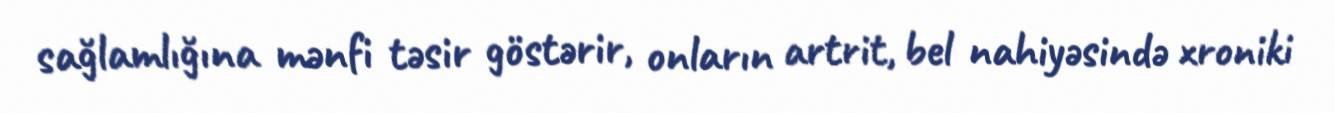
sağlamlığına mənfi təsir göstərir, onların artrit, bel nahiyəsində xroniki